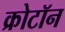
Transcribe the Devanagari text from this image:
क्रोटॉन